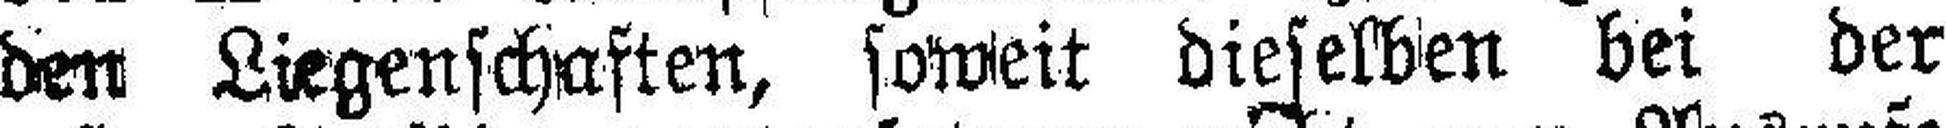
den Liegenschaften, soweit dieselben bei der